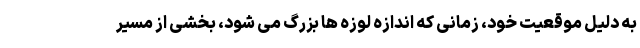
به دلیل موقعیت خود، زمانی که اندازه لوزه ها بزرگ می شود، بخشی از مسیر